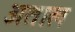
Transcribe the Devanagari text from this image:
अताल